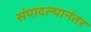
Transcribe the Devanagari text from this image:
संपादल्यानंतर